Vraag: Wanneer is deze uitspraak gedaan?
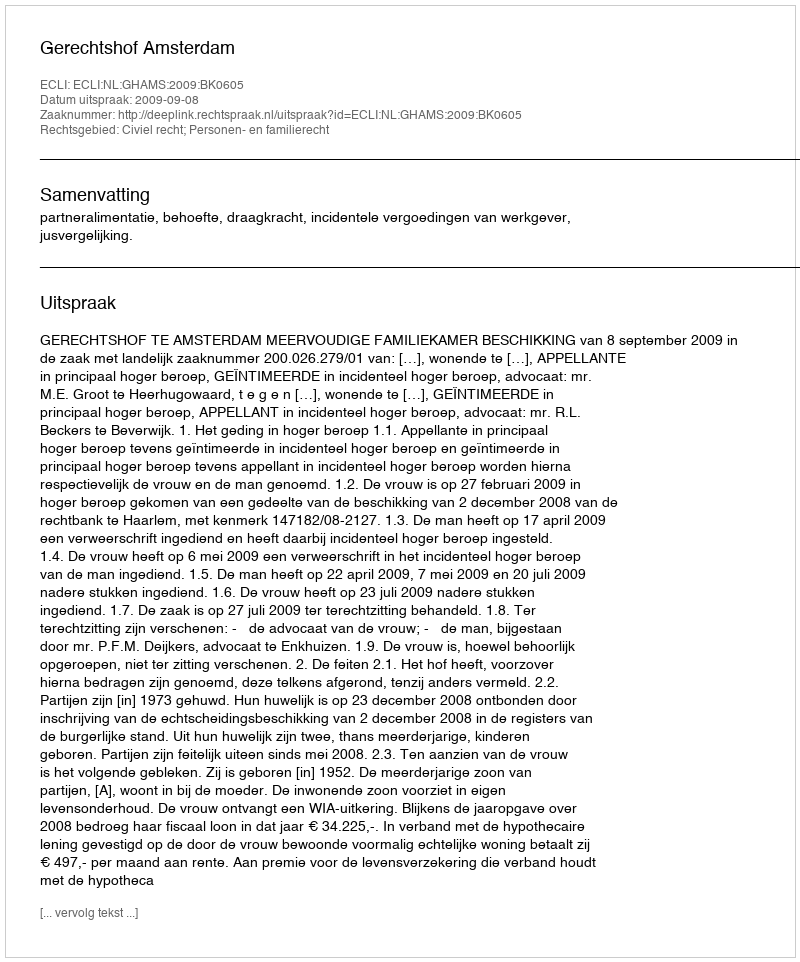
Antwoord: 2009-09-08